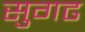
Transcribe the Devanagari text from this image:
सुगढ